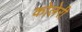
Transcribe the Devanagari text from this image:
कोलेरी